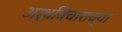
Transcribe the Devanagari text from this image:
अर्थविचाराच्या